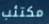
مكتئب